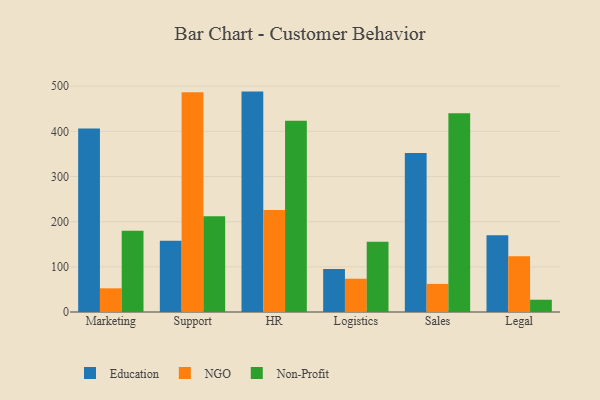
{"axis": {"x": "Department", "y": "Inventory Turnover"}, "legend": ["Education", "NGO", "Non-Profit"], "data": [{"x": "Marketing", "y": 406.5, "type": "Education"}, {"x": "Marketing", "y": 52.4, "type": "NGO"}, {"x": "Marketing", "y": 180.0, "type": "Non-Profit"}, {"x": "Support", "y": 157.5, "type": "Education"}, {"x": "Support", "y": 486.6, "type": "NGO"}, {"x": "Support", "y": 211.9, "type": "Non-Profit"}, {"x": "HR", "y": 488.0, "type": "Education"}, {"x": "HR", "y": 225.6, "type": "NGO"}, {"x": "HR", "y": 423.2, "type": "Non-Profit"}, {"x": "Logistics", "y": 95.2, "type": "Education"}, {"x": "Logistics", "y": 73.7, "type": "NGO"}, {"x": "Logistics", "y": 155.4, "type": "Non-Profit"}, {"x": "Sales", "y": 351.8, "type": "Education"}, {"x": "Sales", "y": 62.2, "type": "NGO"}, {"x": "Sales", "y": 439.8, "type": "Non-Profit"}, {"x": "Legal", "y": 169.7, "type": "Education"}, {"x": "Legal", "y": 123.5, "type": "NGO"}, {"x": "Legal", "y": 27.2, "type": "Non-Profit"}]}